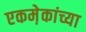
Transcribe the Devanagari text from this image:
एकमे़कांच्या